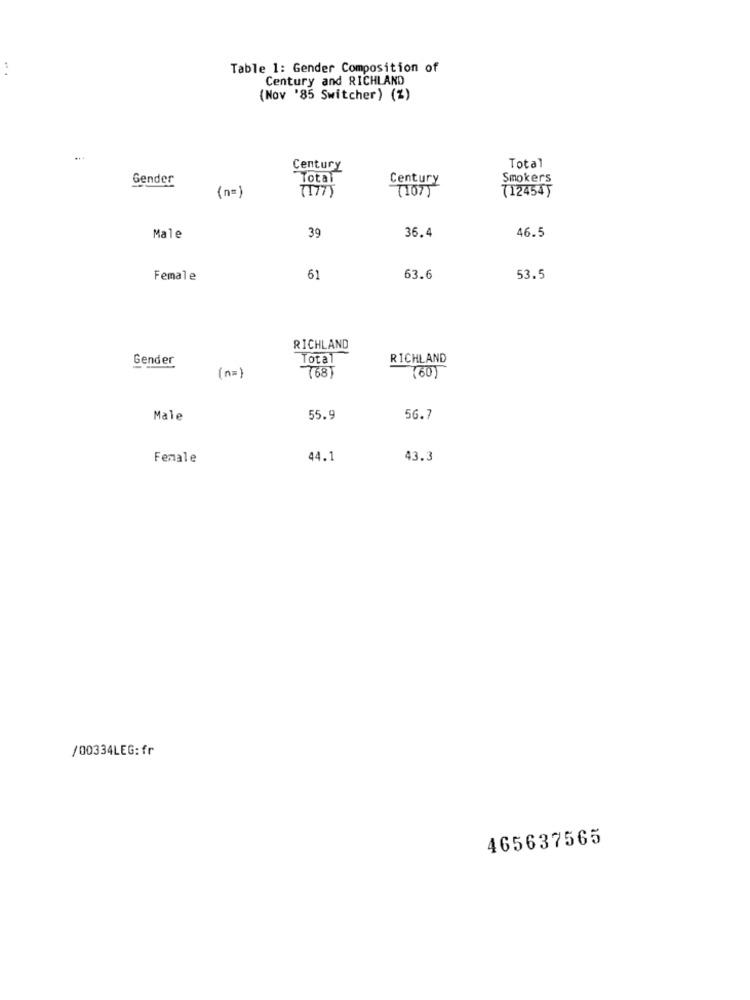
Table 1: Gender Composition of
Century and RICHLAND
(Nov '85 Switcher) (%)
Total
Century
Gender
Century
Smokers
(107)
(12454)
(n=)
39
36.4
46.5
Male
Female
61
63.6
53.5
RICHLAND
Gender
Total
RICHLAND
(n=)
768)
(60)
Male
55.9
56.7
Female
44.1
43.3
/00334LEG:fr
465637565